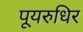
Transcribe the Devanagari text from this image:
पूयरुधिर